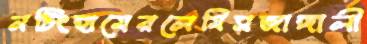
নটিংহামেরলেমিসজাঙ্গালী